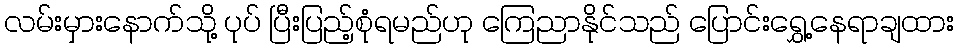
လမ်းမှားနောက်သို့ ပုပ် ပြီးပြည့်စုံရမည်ဟု ကြေညာနိုင်သည် ပြောင်းရွှေ့နေရာချထား